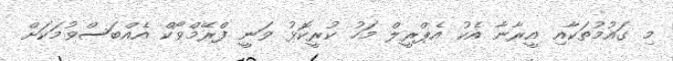
މި ގައުމުތަކާއި އީރާނާ އެކު އެޕްރީލް މަހު ކުރީކޮޅު ވަނީ ފްރޭމްވޯކް އެއްބަސްވުމަކަށް